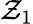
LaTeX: \mathcal{Z}_{1}